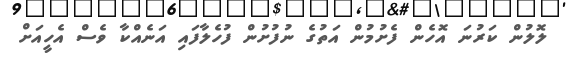
ލޮލުން ކަރުނަ އޮހެން ފެށުމުން އަތުގެ ނުފުށުން ފުހެލާފައި އަނެއްކާ ވެސް އެހީއަށް